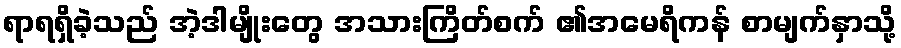
ရာရရှိခဲ့သည် အဲ့ဒါမျိုးတွေ အသားကြိတ်စက် ၏အမေရိကန် စာမျက်နှာသို့